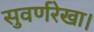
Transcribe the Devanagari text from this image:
सुवर्णरेखा।